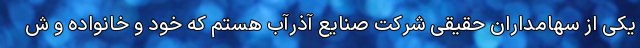
یکی از سهامداران حقیقی شرکت صنایع آذرآب هستم که خود و خانواده و ش